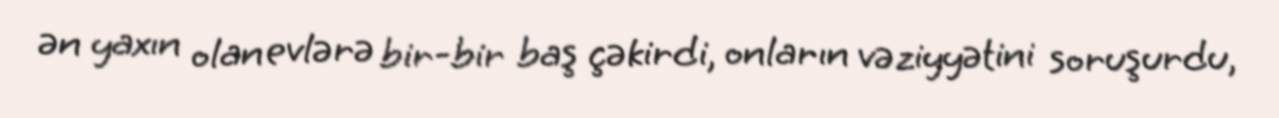
ən yaxın olan evlərə bir-bir baş çəkirdi, onların vəziyyətini soruşurdu,